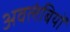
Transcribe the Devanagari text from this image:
अवलंबियों